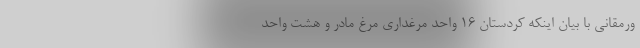
ورمقانی با بیان اینکه کردستان ۱۶ واحد مرغداری مرغ مادر و هشت واحد